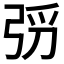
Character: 𫸰